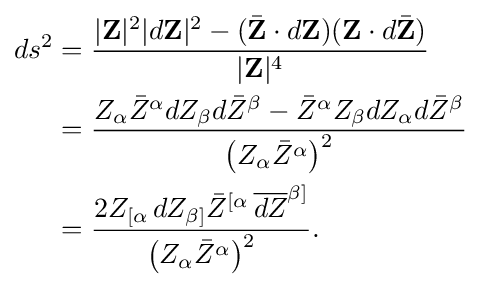
{\begin{aligned}ds^{2}&={\frac {|\mathbf {Z} |^{2}|d\mathbf {Z} |^{2}-({\bar {\mathbf {Z} }}\cdot d\mathbf {Z} )(\mathbf {Z} \cdot d{\bar {\mathbf {Z} }})}{|\mathbf {Z} |^{4}}}\\&={\frac {Z_{\alpha }{\bar {Z}}^{\alpha }dZ_{\beta }d{\bar {Z}}^{\beta }-{\bar {Z}}^{\alpha }Z_{\beta }dZ_{\alpha }d{\bar {Z}}^{\beta }}{\left(Z_{\alpha }{\bar {Z}}^{\alpha }\right)^{2}}}\\&={\frac {2Z_{[\alpha }\,dZ_{\beta ]}{\bar {Z}}^{[\alpha }\,{\overline {dZ}}^{\beta ]}}{\left(Z_{\alpha }{\bar {Z}}^{\alpha }\right)^{2}}}.\end{aligned}}